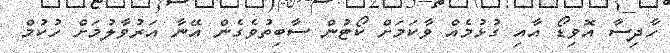
ހާދިސާ އޮވިޑޯ އާއި ގުޅުމެއް ވާކަމަށް ކޯޓުން ސާބިތުވެގެން އޭނާ އަރުވާލުމަށް ހުކުމް